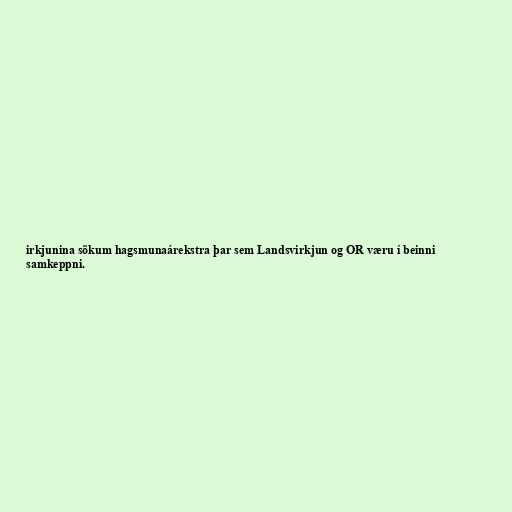
irkjunina sökum hagsmunaárekstra þar sem Landsvirkjun og OR væru í beinni
samkeppni.